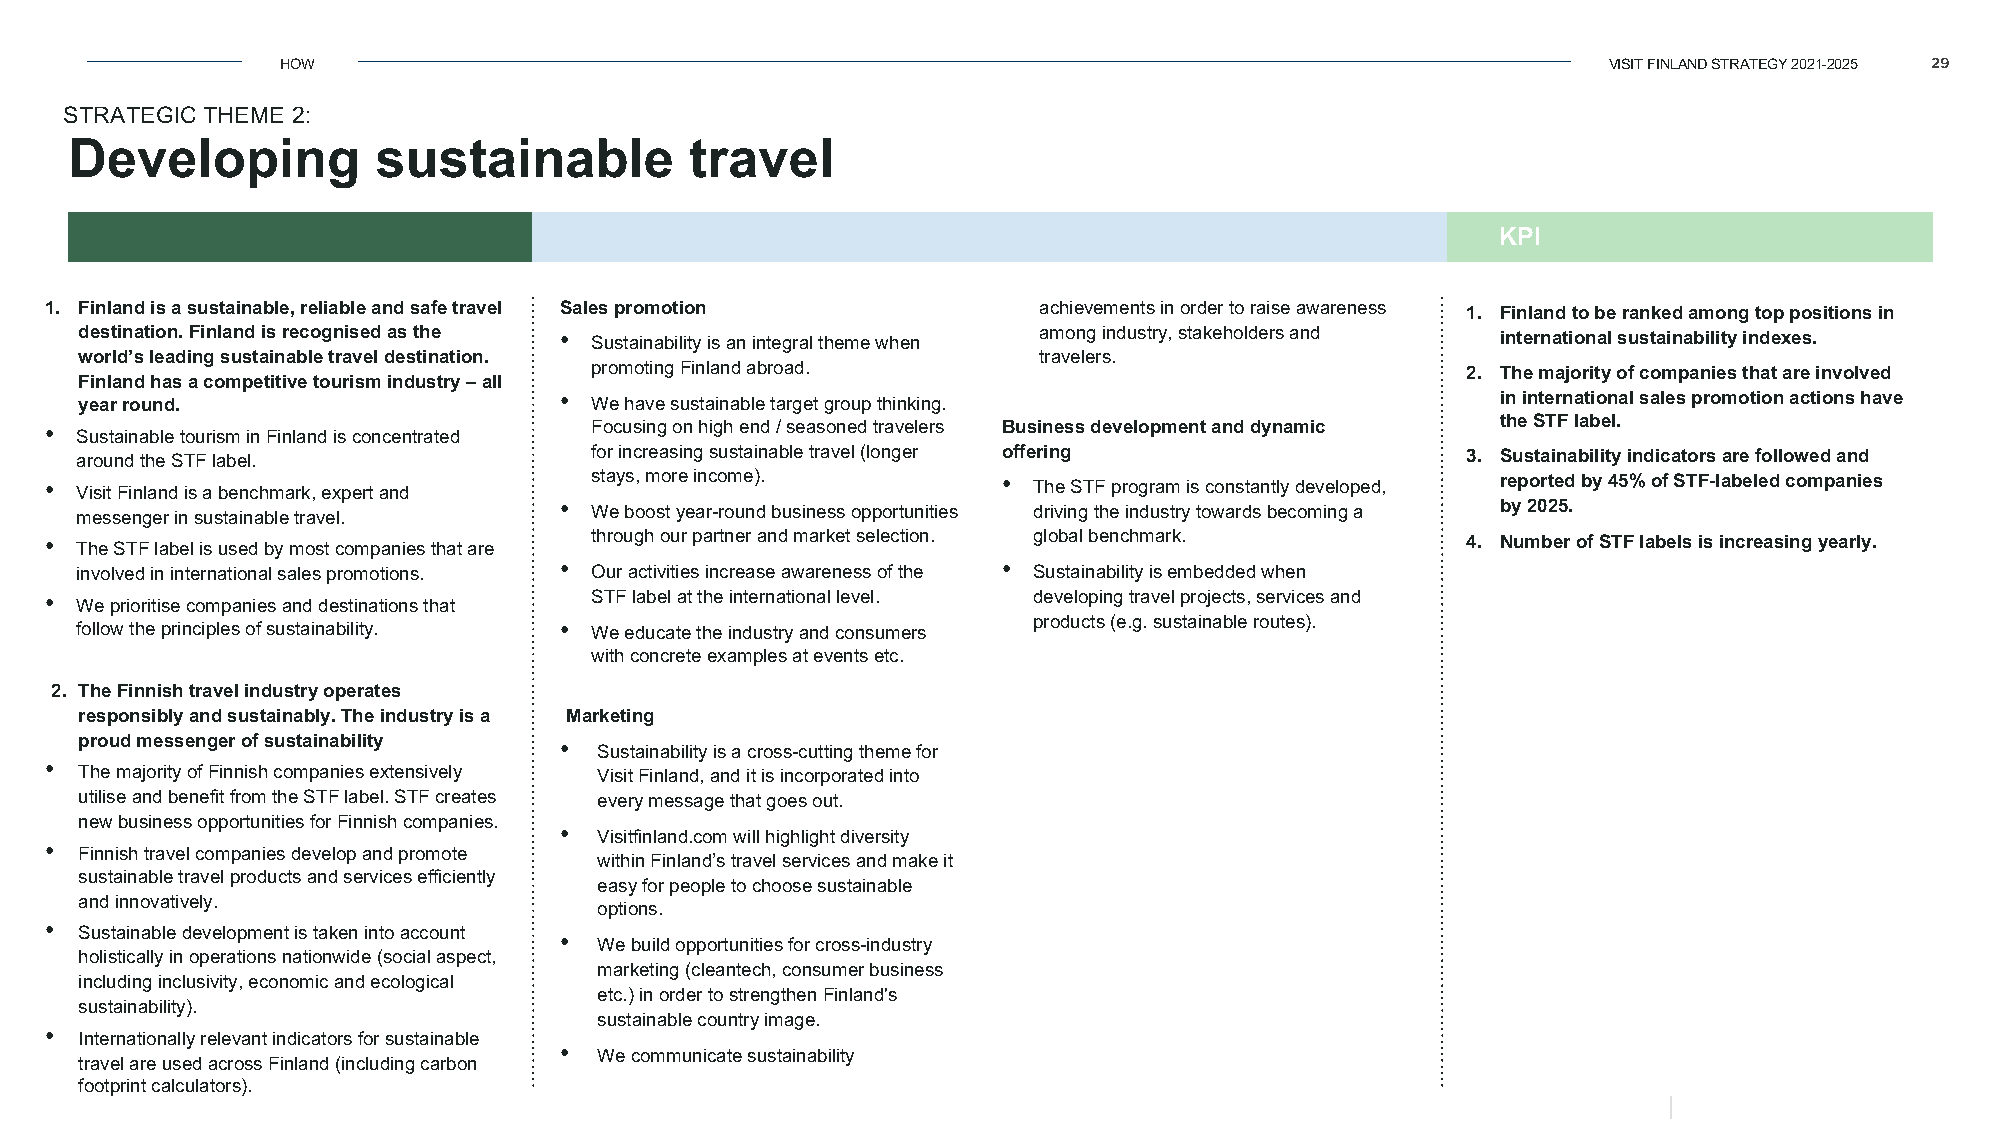
HOW                                                                                    VISIT FINLAND STRATEGY 2021-2025 29
 STRATEGIC THEME 2:
 Developing           sustainable          travel
 Target 2025                        Action plan                                                KPI
 1. Finland is a sustainable, reliable and safe travel Sales promotion achievements in order to raise awareness 1. Finland to be ranked among top positions in
 destination. Finland is recognisedas the • Sustainability is an integral theme when among industry, stakeholders and international sustainability indexes.
 world’s leading sustainable travel destination.                 travelers.
 promoting Finland abroad.                                 2. The majority ofcompanies that are involved
 Finland has a competitive tourism industry –all
 year round.                     • We have sustainable target group thinking.                  ininternational sales promotion actions have
 •                                   Focusing on high end / seasoned travelers Business development and dynamic the STF label.
 Sustainable tourism in Finland is concentrated
 around the STF label.             for increasing sustainable travel (longer offering        3. Sustainability indicators are followed and
 •                                   stays, more income).       • The STF program is constantly developed, reported by 45% of STF-labeled companies
 Visit Finland is a benchmark, expert and
 • We boost year-round business opportunities driving the industry towards becoming a by 2025.
 messenger in sustainable travel.
 •                                   through ourpartner andmarket selection. global benchmark. 4. Number of STF labels is increasing yearly.
 The STF label is used by most companies that are
 •                            •
 involved ininternational sales promotions. Our activities increase awareness of the Sustainability is embedded when
 •                                   STF label at the international level. developing travel projects, services and
 We prioritise companies and destinations that
 follow theprinciples of sustainability. • We educate the industry and consumers products (e.g.sustainable routes).
 with concrete examples at events etc.
 2. The Finnish travel industry operates
 responsibly and sustainably.The industry is a Marketing
 proud messenger of sustainability •
 Sustainabilityis across-cuttingtheme for
 •
 The majority ofFinnish companies extensively Visit Finland, andit is incorporated into
 utiliseand benefit from the STF label. STF creates every message that goes out.
 new business opportunities for Finnish companies.
 •
 Visitfinland.com will highlight diversity
 •
 Finnish travel companies develop and promote
 within Finland’s travel services and make it
 sustainable travel products and services efficiently
 easy for people to choose sustainable
 and innovatively.
 options.
 •
 Sustainable development is taken into account •
 We build opportunities for cross-industry
 holistically in operations nationwide (social aspect,
 marketing (cleantech, consumer business
 including inclusivity, economic and ecological
 etc.) in order to strengthenFinland's
 sustainability).
 sustainable country image.
 •
 Internationally relevant indicators for sustainable
 •
 We communicate sustainability
 travelareused across Finland (including carbon
 footprint calculators).